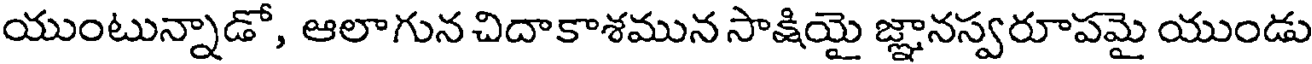
యుంటున్నాడో, ఆలాగున చిదాకాశమున సాక్షియై జ్ఞానస్వరూపమై యుండు